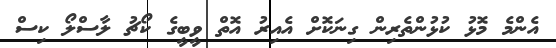
އެންމެ މޮޅު ކުޅުންތެރިން ގިނަކޮށް އެއިރު އޮތް ވީބީގެ ކޯޗު ލާސްލޯ ކިސް